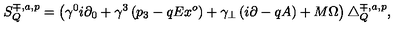
S _ { Q } ^ { \mp , a , p } = \left( \gamma ^ { 0 } i \partial _ { 0 } + \gamma ^ { 3 } \left( p _ { 3 } - q E x ^ { o } \right) + \gamma _ { \bot } \left( i \partial - q A \right) + M \Omega \right) \bigtriangleup _ { Q } ^ { \mp , a , p } ,